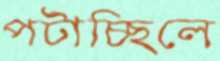
পটাচ্ছিলে